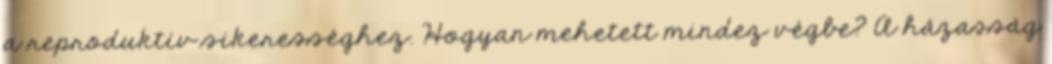
a reproduktív sikerességhez. Hogyan mehetett mindez végbe? A házasság